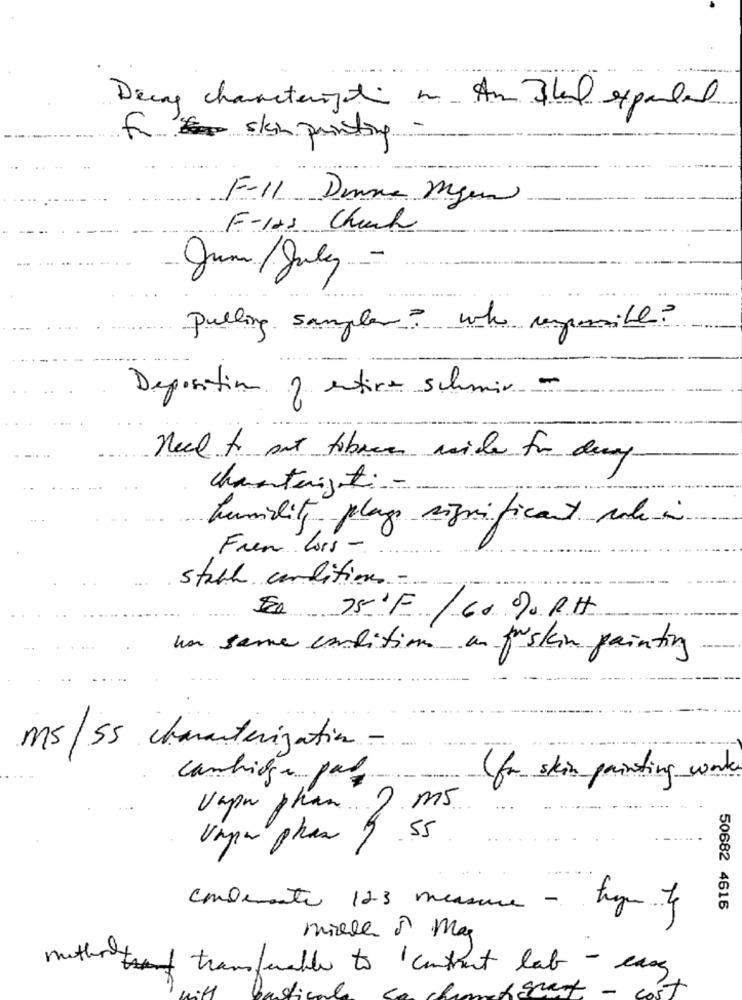
-
Decay characterigt in An Blad expanded
forskin printing
F-11 Denne Myon
F-123 Chuch
Jun/July ... -
Pulling sampler? who responsible?
Deposition of entire schmir -
Need to put tibare mide for dry
characterist.
humility plage significant role in
Fren Loss -
stack conditions -
$ 75'5 /60 % RH
han same condition an justin painting
ms/SS characterization
cambioge par
(for skin painting work
ms
vapur phan .
Vana phas 19 55
condimento 123 measure - tragen of
50682 4616
mille à mag
mitholy
transferable to contact lab - easy